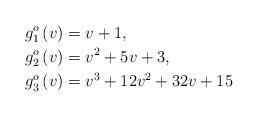
LaTeX: \begin{align*}g_{1}^{o}\left( v\right) & =v+1,\\g_{2}^{o}\left( v\right) & =v^{2}+5v+3,\\g_{3}^{o}\left( v\right) & =v^{3}+12v^{2}+32v+15\end{align*}